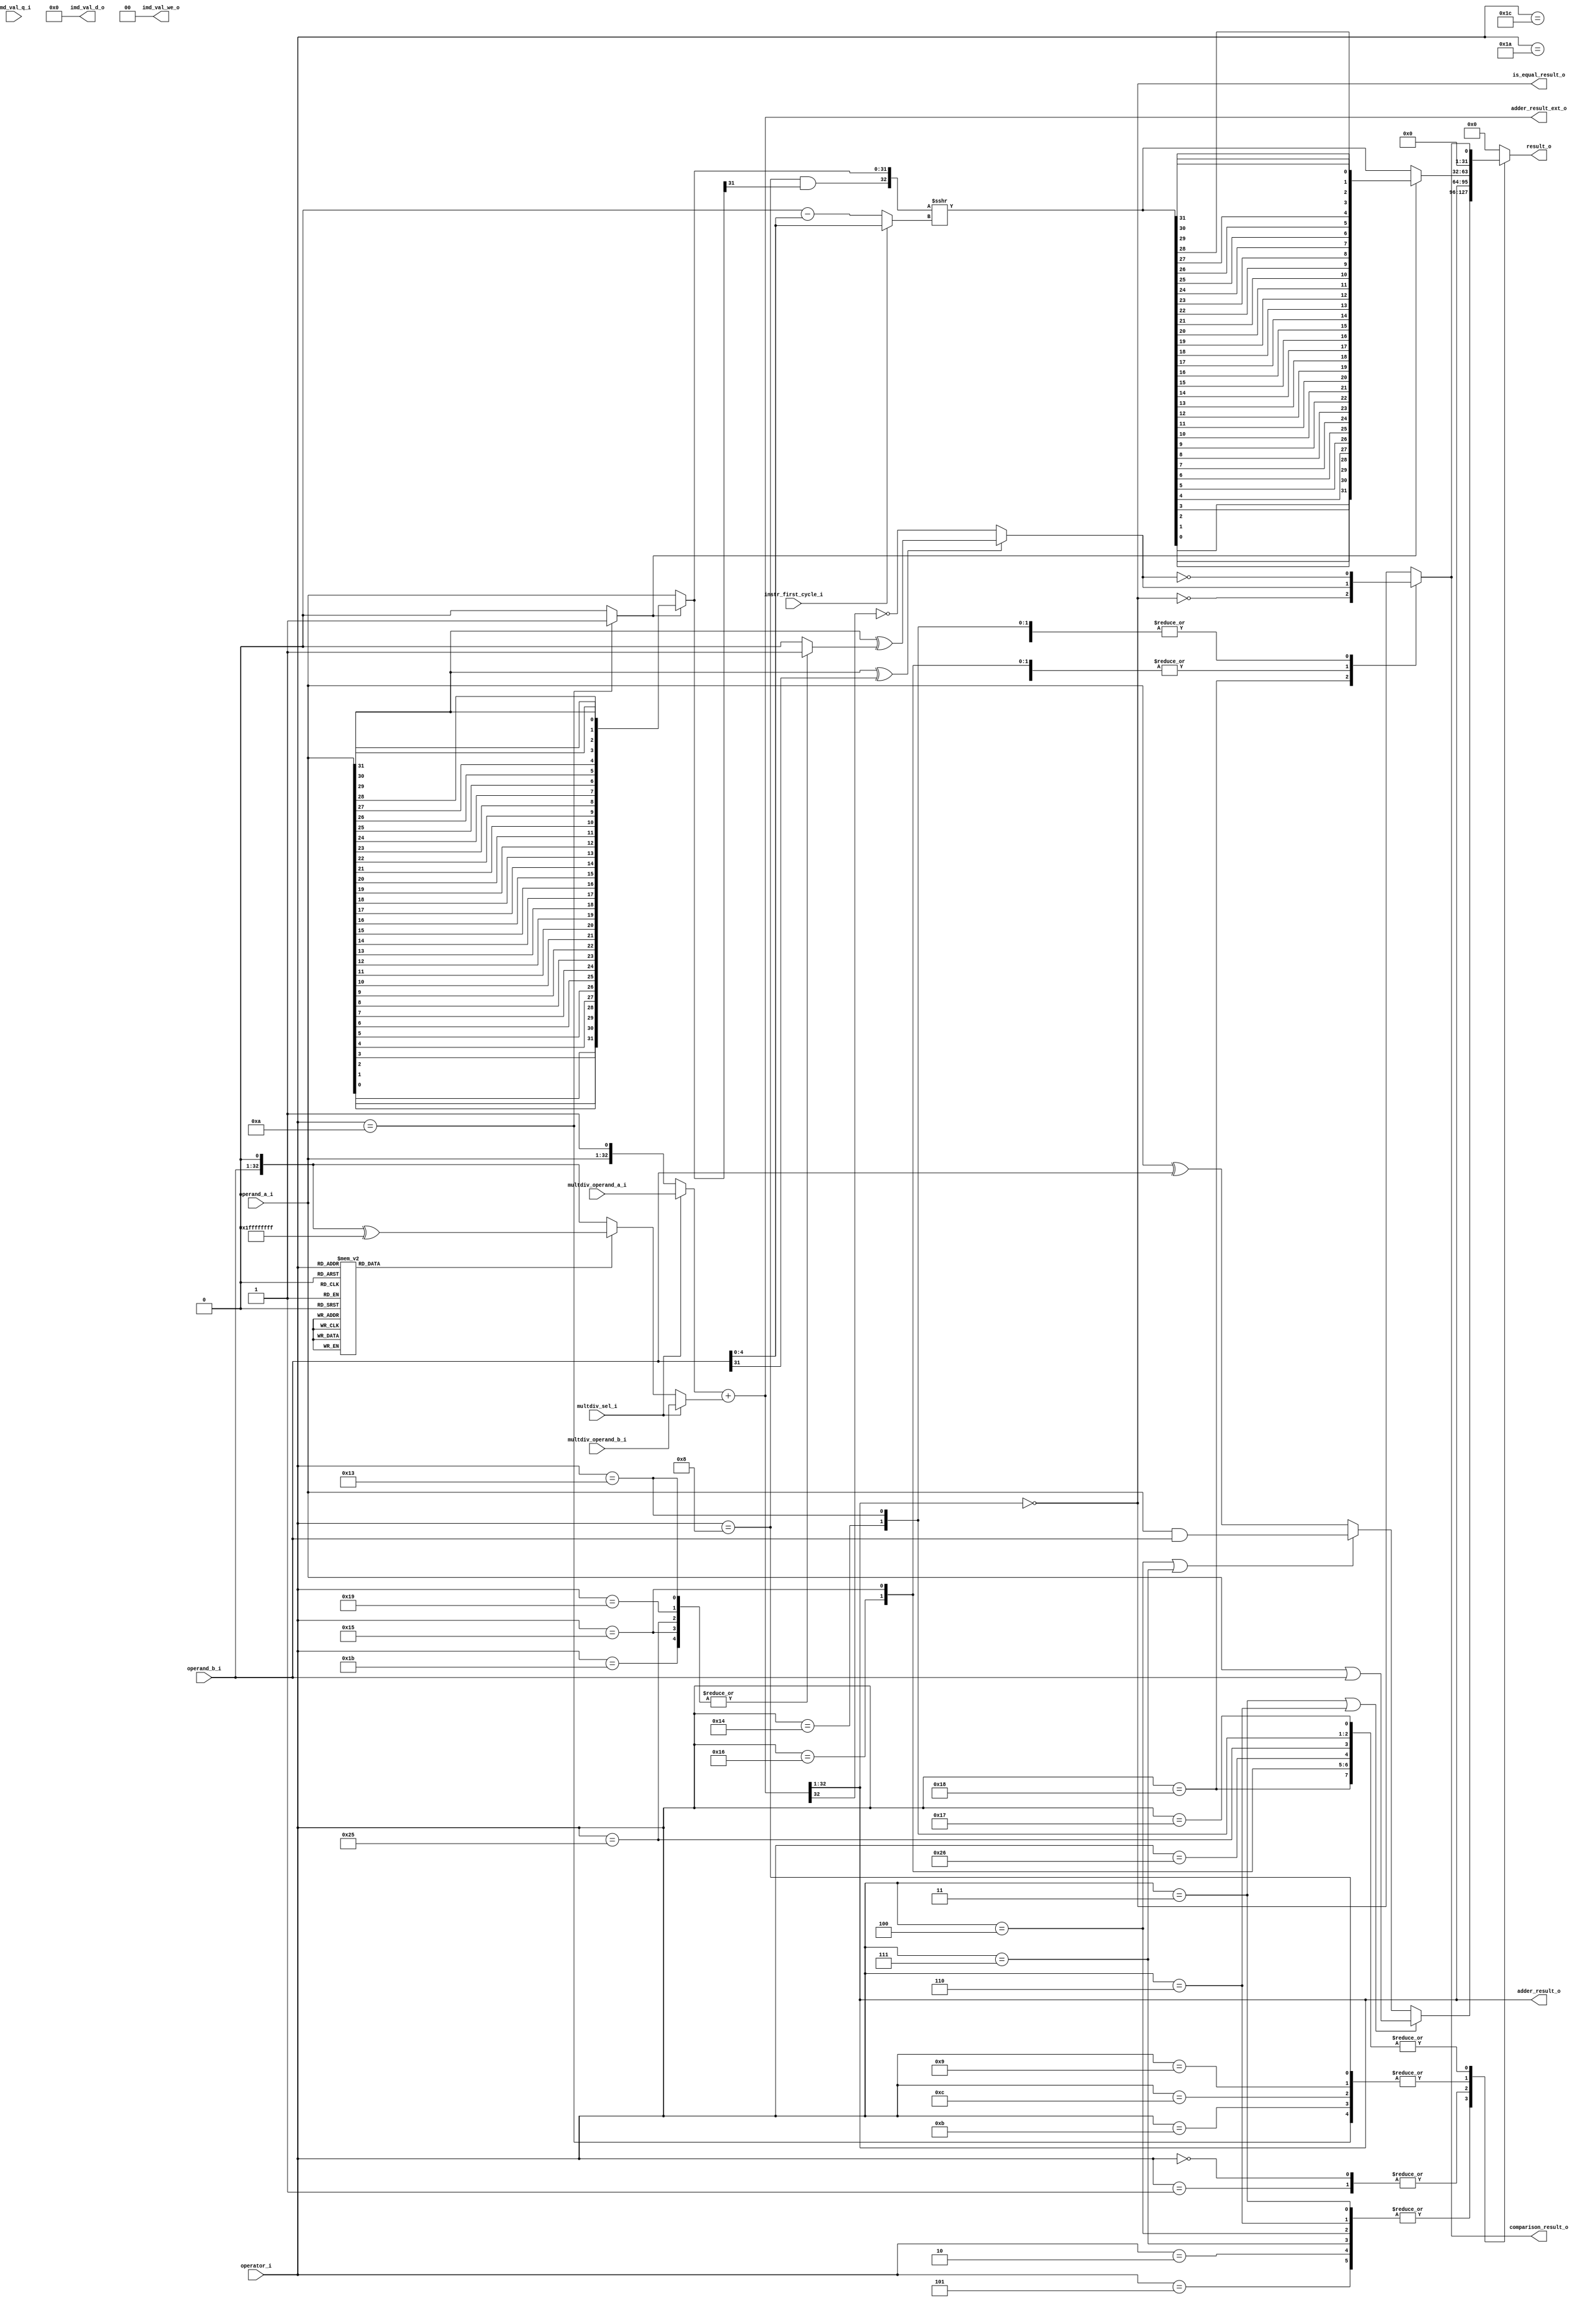
module ibex_alu (
	operator_i,
	operand_a_i,
	operand_b_i,
	instr_first_cycle_i,
	multdiv_operand_a_i,
	multdiv_operand_b_i,
	multdiv_sel_i,
	imd_val_q_i,
	imd_val_d_o,
	imd_val_we_o,
	adder_result_o,
	adder_result_ext_o,
	result_o,
	comparison_result_o,
	is_equal_result_o
);
	localparam integer ibex_pkg_RV32BNone = 0;
	parameter integer RV32B = ibex_pkg_RV32BNone;
	input wire [5:0] operator_i;
	input wire [31:0] operand_a_i;
	input wire [31:0] operand_b_i;
	input wire instr_first_cycle_i;
	input wire [32:0] multdiv_operand_a_i;
	input wire [32:0] multdiv_operand_b_i;
	input wire multdiv_sel_i;
	input wire [63:0] imd_val_q_i;
	output reg [63:0] imd_val_d_o;
	output reg [1:0] imd_val_we_o;
	output wire [31:0] adder_result_o;
	output wire [33:0] adder_result_ext_o;
	output reg [31:0] result_o;
	output wire comparison_result_o;
	output wire is_equal_result_o;
	localparam integer RegFileFF = 0;
	localparam integer RegFileFPGA = 1;
	localparam integer RegFileLatch = 2;
	localparam integer RV32MNone = 0;
	localparam integer RV32MSlow = 1;
	localparam integer RV32MFast = 2;
	localparam integer RV32MSingleCycle = 3;
	localparam integer RV32BNone = 0;
	localparam integer RV32BBalanced = 1;
	localparam integer RV32BFull = 2;
	localparam [6:0] OPCODE_LOAD = 7'h03;
	localparam [6:0] OPCODE_MISC_MEM = 7'h0f;
	localparam [6:0] OPCODE_OP_IMM = 7'h13;
	localparam [6:0] OPCODE_AUIPC = 7'h17;
	localparam [6:0] OPCODE_STORE = 7'h23;
	localparam [6:0] OPCODE_OP = 7'h33;
	localparam [6:0] OPCODE_LUI = 7'h37;
	localparam [6:0] OPCODE_BRANCH = 7'h63;
	localparam [6:0] OPCODE_JALR = 7'h67;
	localparam [6:0] OPCODE_JAL = 7'h6f;
	localparam [6:0] OPCODE_SYSTEM = 7'h73;
	localparam [5:0] ALU_ADD = 0;
	localparam [5:0] ALU_SUB = 1;
	localparam [5:0] ALU_XOR = 2;
	localparam [5:0] ALU_OR = 3;
	localparam [5:0] ALU_AND = 4;
	localparam [5:0] ALU_XNOR = 5;
	localparam [5:0] ALU_ORN = 6;
	localparam [5:0] ALU_ANDN = 7;
	localparam [5:0] ALU_SRA = 8;
	localparam [5:0] ALU_SRL = 9;
	localparam [5:0] ALU_SLL = 10;
	localparam [5:0] ALU_SRO = 11;
	localparam [5:0] ALU_SLO = 12;
	localparam [5:0] ALU_ROR = 13;
	localparam [5:0] ALU_ROL = 14;
	localparam [5:0] ALU_GREV = 15;
	localparam [5:0] ALU_GORC = 16;
	localparam [5:0] ALU_SHFL = 17;
	localparam [5:0] ALU_UNSHFL = 18;
	localparam [5:0] ALU_LT = 19;
	localparam [5:0] ALU_LTU = 20;
	localparam [5:0] ALU_GE = 21;
	localparam [5:0] ALU_GEU = 22;
	localparam [5:0] ALU_EQ = 23;
	localparam [5:0] ALU_NE = 24;
	localparam [5:0] ALU_MIN = 25;
	localparam [5:0] ALU_MINU = 26;
	localparam [5:0] ALU_MAX = 27;
	localparam [5:0] ALU_MAXU = 28;
	localparam [5:0] ALU_PACK = 29;
	localparam [5:0] ALU_PACKU = 30;
	localparam [5:0] ALU_PACKH = 31;
	localparam [5:0] ALU_SEXTB = 32;
	localparam [5:0] ALU_SEXTH = 33;
	localparam [5:0] ALU_CLZ = 34;
	localparam [5:0] ALU_CTZ = 35;
	localparam [5:0] ALU_PCNT = 36;
	localparam [5:0] ALU_SLT = 37;
	localparam [5:0] ALU_SLTU = 38;
	localparam [5:0] ALU_CMOV = 39;
	localparam [5:0] ALU_CMIX = 40;
	localparam [5:0] ALU_FSL = 41;
	localparam [5:0] ALU_FSR = 42;
	localparam [5:0] ALU_SBSET = 43;
	localparam [5:0] ALU_SBCLR = 44;
	localparam [5:0] ALU_SBINV = 45;
	localparam [5:0] ALU_SBEXT = 46;
	localparam [5:0] ALU_BEXT = 47;
	localparam [5:0] ALU_BDEP = 48;
	localparam [5:0] ALU_BFP = 49;
	localparam [5:0] ALU_CLMUL = 50;
	localparam [5:0] ALU_CLMULR = 51;
	localparam [5:0] ALU_CLMULH = 52;
	localparam [5:0] ALU_CRC32_B = 53;
	localparam [5:0] ALU_CRC32C_B = 54;
	localparam [5:0] ALU_CRC32_H = 55;
	localparam [5:0] ALU_CRC32C_H = 56;
	localparam [5:0] ALU_CRC32_W = 57;
	localparam [5:0] ALU_CRC32C_W = 58;
	localparam [1:0] MD_OP_MULL = 0;
	localparam [1:0] MD_OP_MULH = 1;
	localparam [1:0] MD_OP_DIV = 2;
	localparam [1:0] MD_OP_REM = 3;
	localparam [1:0] CSR_OP_READ = 0;
	localparam [1:0] CSR_OP_WRITE = 1;
	localparam [1:0] CSR_OP_SET = 2;
	localparam [1:0] CSR_OP_CLEAR = 3;
	localparam [1:0] PRIV_LVL_M = 2'b11;
	localparam [1:0] PRIV_LVL_H = 2'b10;
	localparam [1:0] PRIV_LVL_S = 2'b01;
	localparam [1:0] PRIV_LVL_U = 2'b00;
	localparam [3:0] XDEBUGVER_NO = 4'd0;
	localparam [3:0] XDEBUGVER_STD = 4'd4;
	localparam [3:0] XDEBUGVER_NONSTD = 4'd15;
	localparam [1:0] WB_INSTR_LOAD = 0;
	localparam [1:0] WB_INSTR_STORE = 1;
	localparam [1:0] WB_INSTR_OTHER = 2;
	localparam [1:0] OP_A_REG_A = 0;
	localparam [1:0] OP_A_FWD = 1;
	localparam [1:0] OP_A_CURRPC = 2;
	localparam [1:0] OP_A_IMM = 3;
	localparam [0:0] IMM_A_Z = 0;
	localparam [0:0] IMM_A_ZERO = 1;
	localparam [0:0] OP_B_REG_B = 0;
	localparam [0:0] OP_B_IMM = 1;
	localparam [2:0] IMM_B_I = 0;
	localparam [2:0] IMM_B_S = 1;
	localparam [2:0] IMM_B_B = 2;
	localparam [2:0] IMM_B_U = 3;
	localparam [2:0] IMM_B_J = 4;
	localparam [2:0] IMM_B_INCR_PC = 5;
	localparam [2:0] IMM_B_INCR_ADDR = 6;
	localparam [0:0] RF_WD_EX = 0;
	localparam [0:0] RF_WD_CSR = 1;
	localparam [2:0] PC_BOOT = 0;
	localparam [2:0] PC_JUMP = 1;
	localparam [2:0] PC_EXC = 2;
	localparam [2:0] PC_ERET = 3;
	localparam [2:0] PC_DRET = 4;
	localparam [2:0] PC_BP = 5;
	localparam [1:0] EXC_PC_EXC = 0;
	localparam [1:0] EXC_PC_IRQ = 1;
	localparam [1:0] EXC_PC_DBD = 2;
	localparam [1:0] EXC_PC_DBG_EXC = 3;
	localparam [5:0] EXC_CAUSE_IRQ_SOFTWARE_M = {1'b1, 5'd3};
	localparam [5:0] EXC_CAUSE_IRQ_TIMER_M = {1'b1, 5'd7};
	localparam [5:0] EXC_CAUSE_IRQ_EXTERNAL_M = {1'b1, 5'd11};
	localparam [5:0] EXC_CAUSE_IRQ_NM = {1'b1, 5'd31};
	localparam [5:0] EXC_CAUSE_INSN_ADDR_MISA = {1'b0, 5'd0};
	localparam [5:0] EXC_CAUSE_INSTR_ACCESS_FAULT = {1'b0, 5'd1};
	localparam [5:0] EXC_CAUSE_ILLEGAL_INSN = {1'b0, 5'd2};
	localparam [5:0] EXC_CAUSE_BREAKPOINT = {1'b0, 5'd3};
	localparam [5:0] EXC_CAUSE_LOAD_ACCESS_FAULT = {1'b0, 5'd5};
	localparam [5:0] EXC_CAUSE_STORE_ACCESS_FAULT = {1'b0, 5'd7};
	localparam [5:0] EXC_CAUSE_ECALL_UMODE = {1'b0, 5'd8};
	localparam [5:0] EXC_CAUSE_ECALL_MMODE = {1'b0, 5'd11};
	localparam [2:0] DBG_CAUSE_NONE = 3'h0;
	localparam [2:0] DBG_CAUSE_EBREAK = 3'h1;
	localparam [2:0] DBG_CAUSE_TRIGGER = 3'h2;
	localparam [2:0] DBG_CAUSE_HALTREQ = 3'h3;
	localparam [2:0] DBG_CAUSE_STEP = 3'h4;
	localparam [31:0] PMP_MAX_REGIONS = 16;
	localparam [31:0] PMP_CFG_W = 8;
	localparam [31:0] PMP_I = 0;
	localparam [31:0] PMP_D = 1;
	localparam [1:0] PMP_ACC_EXEC = 2'b00;
	localparam [1:0] PMP_ACC_WRITE = 2'b01;
	localparam [1:0] PMP_ACC_READ = 2'b10;
	localparam [1:0] PMP_MODE_OFF = 2'b00;
	localparam [1:0] PMP_MODE_TOR = 2'b01;
	localparam [1:0] PMP_MODE_NA4 = 2'b10;
	localparam [1:0] PMP_MODE_NAPOT = 2'b11;
	localparam [11:0] CSR_MHARTID = 12'hf14;
	localparam [11:0] CSR_MSTATUS = 12'h300;
	localparam [11:0] CSR_MISA = 12'h301;
	localparam [11:0] CSR_MIE = 12'h304;
	localparam [11:0] CSR_MTVEC = 12'h305;
	localparam [11:0] CSR_MSCRATCH = 12'h340;
	localparam [11:0] CSR_MEPC = 12'h341;
	localparam [11:0] CSR_MCAUSE = 12'h342;
	localparam [11:0] CSR_MTVAL = 12'h343;
	localparam [11:0] CSR_MIP = 12'h344;
	localparam [11:0] CSR_PMPCFG0 = 12'h3a0;
	localparam [11:0] CSR_PMPCFG1 = 12'h3a1;
	localparam [11:0] CSR_PMPCFG2 = 12'h3a2;
	localparam [11:0] CSR_PMPCFG3 = 12'h3a3;
	localparam [11:0] CSR_PMPADDR0 = 12'h3b0;
	localparam [11:0] CSR_PMPADDR1 = 12'h3b1;
	localparam [11:0] CSR_PMPADDR2 = 12'h3b2;
	localparam [11:0] CSR_PMPADDR3 = 12'h3b3;
	localparam [11:0] CSR_PMPADDR4 = 12'h3b4;
	localparam [11:0] CSR_PMPADDR5 = 12'h3b5;
	localparam [11:0] CSR_PMPADDR6 = 12'h3b6;
	localparam [11:0] CSR_PMPADDR7 = 12'h3b7;
	localparam [11:0] CSR_PMPADDR8 = 12'h3b8;
	localparam [11:0] CSR_PMPADDR9 = 12'h3b9;
	localparam [11:0] CSR_PMPADDR10 = 12'h3ba;
	localparam [11:0] CSR_PMPADDR11 = 12'h3bb;
	localparam [11:0] CSR_PMPADDR12 = 12'h3bc;
	localparam [11:0] CSR_PMPADDR13 = 12'h3bd;
	localparam [11:0] CSR_PMPADDR14 = 12'h3be;
	localparam [11:0] CSR_PMPADDR15 = 12'h3bf;
	localparam [11:0] CSR_TSELECT = 12'h7a0;
	localparam [11:0] CSR_TDATA1 = 12'h7a1;
	localparam [11:0] CSR_TDATA2 = 12'h7a2;
	localparam [11:0] CSR_TDATA3 = 12'h7a3;
	localparam [11:0] CSR_MCONTEXT = 12'h7a8;
	localparam [11:0] CSR_SCONTEXT = 12'h7aa;
	localparam [11:0] CSR_DCSR = 12'h7b0;
	localparam [11:0] CSR_DPC = 12'h7b1;
	localparam [11:0] CSR_DSCRATCH0 = 12'h7b2;
	localparam [11:0] CSR_DSCRATCH1 = 12'h7b3;
	localparam [11:0] CSR_MCOUNTINHIBIT = 12'h320;
	localparam [11:0] CSR_MHPMEVENT3 = 12'h323;
	localparam [11:0] CSR_MHPMEVENT4 = 12'h324;
	localparam [11:0] CSR_MHPMEVENT5 = 12'h325;
	localparam [11:0] CSR_MHPMEVENT6 = 12'h326;
	localparam [11:0] CSR_MHPMEVENT7 = 12'h327;
	localparam [11:0] CSR_MHPMEVENT8 = 12'h328;
	localparam [11:0] CSR_MHPMEVENT9 = 12'h329;
	localparam [11:0] CSR_MHPMEVENT10 = 12'h32a;
	localparam [11:0] CSR_MHPMEVENT11 = 12'h32b;
	localparam [11:0] CSR_MHPMEVENT12 = 12'h32c;
	localparam [11:0] CSR_MHPMEVENT13 = 12'h32d;
	localparam [11:0] CSR_MHPMEVENT14 = 12'h32e;
	localparam [11:0] CSR_MHPMEVENT15 = 12'h32f;
	localparam [11:0] CSR_MHPMEVENT16 = 12'h330;
	localparam [11:0] CSR_MHPMEVENT17 = 12'h331;
	localparam [11:0] CSR_MHPMEVENT18 = 12'h332;
	localparam [11:0] CSR_MHPMEVENT19 = 12'h333;
	localparam [11:0] CSR_MHPMEVENT20 = 12'h334;
	localparam [11:0] CSR_MHPMEVENT21 = 12'h335;
	localparam [11:0] CSR_MHPMEVENT22 = 12'h336;
	localparam [11:0] CSR_MHPMEVENT23 = 12'h337;
	localparam [11:0] CSR_MHPMEVENT24 = 12'h338;
	localparam [11:0] CSR_MHPMEVENT25 = 12'h339;
	localparam [11:0] CSR_MHPMEVENT26 = 12'h33a;
	localparam [11:0] CSR_MHPMEVENT27 = 12'h33b;
	localparam [11:0] CSR_MHPMEVENT28 = 12'h33c;
	localparam [11:0] CSR_MHPMEVENT29 = 12'h33d;
	localparam [11:0] CSR_MHPMEVENT30 = 12'h33e;
	localparam [11:0] CSR_MHPMEVENT31 = 12'h33f;
	localparam [11:0] CSR_MCYCLE = 12'hb00;
	localparam [11:0] CSR_MINSTRET = 12'hb02;
	localparam [11:0] CSR_MHPMCOUNTER3 = 12'hb03;
	localparam [11:0] CSR_MHPMCOUNTER4 = 12'hb04;
	localparam [11:0] CSR_MHPMCOUNTER5 = 12'hb05;
	localparam [11:0] CSR_MHPMCOUNTER6 = 12'hb06;
	localparam [11:0] CSR_MHPMCOUNTER7 = 12'hb07;
	localparam [11:0] CSR_MHPMCOUNTER8 = 12'hb08;
	localparam [11:0] CSR_MHPMCOUNTER9 = 12'hb09;
	localparam [11:0] CSR_MHPMCOUNTER10 = 12'hb0a;
	localparam [11:0] CSR_MHPMCOUNTER11 = 12'hb0b;
	localparam [11:0] CSR_MHPMCOUNTER12 = 12'hb0c;
	localparam [11:0] CSR_MHPMCOUNTER13 = 12'hb0d;
	localparam [11:0] CSR_MHPMCOUNTER14 = 12'hb0e;
	localparam [11:0] CSR_MHPMCOUNTER15 = 12'hb0f;
	localparam [11:0] CSR_MHPMCOUNTER16 = 12'hb10;
	localparam [11:0] CSR_MHPMCOUNTER17 = 12'hb11;
	localparam [11:0] CSR_MHPMCOUNTER18 = 12'hb12;
	localparam [11:0] CSR_MHPMCOUNTER19 = 12'hb13;
	localparam [11:0] CSR_MHPMCOUNTER20 = 12'hb14;
	localparam [11:0] CSR_MHPMCOUNTER21 = 12'hb15;
	localparam [11:0] CSR_MHPMCOUNTER22 = 12'hb16;
	localparam [11:0] CSR_MHPMCOUNTER23 = 12'hb17;
	localparam [11:0] CSR_MHPMCOUNTER24 = 12'hb18;
	localparam [11:0] CSR_MHPMCOUNTER25 = 12'hb19;
	localparam [11:0] CSR_MHPMCOUNTER26 = 12'hb1a;
	localparam [11:0] CSR_MHPMCOUNTER27 = 12'hb1b;
	localparam [11:0] CSR_MHPMCOUNTER28 = 12'hb1c;
	localparam [11:0] CSR_MHPMCOUNTER29 = 12'hb1d;
	localparam [11:0] CSR_MHPMCOUNTER30 = 12'hb1e;
	localparam [11:0] CSR_MHPMCOUNTER31 = 12'hb1f;
	localparam [11:0] CSR_MCYCLEH = 12'hb80;
	localparam [11:0] CSR_MINSTRETH = 12'hb82;
	localparam [11:0] CSR_MHPMCOUNTER3H = 12'hb83;
	localparam [11:0] CSR_MHPMCOUNTER4H = 12'hb84;
	localparam [11:0] CSR_MHPMCOUNTER5H = 12'hb85;
	localparam [11:0] CSR_MHPMCOUNTER6H = 12'hb86;
	localparam [11:0] CSR_MHPMCOUNTER7H = 12'hb87;
	localparam [11:0] CSR_MHPMCOUNTER8H = 12'hb88;
	localparam [11:0] CSR_MHPMCOUNTER9H = 12'hb89;
	localparam [11:0] CSR_MHPMCOUNTER10H = 12'hb8a;
	localparam [11:0] CSR_MHPMCOUNTER11H = 12'hb8b;
	localparam [11:0] CSR_MHPMCOUNTER12H = 12'hb8c;
	localparam [11:0] CSR_MHPMCOUNTER13H = 12'hb8d;
	localparam [11:0] CSR_MHPMCOUNTER14H = 12'hb8e;
	localparam [11:0] CSR_MHPMCOUNTER15H = 12'hb8f;
	localparam [11:0] CSR_MHPMCOUNTER16H = 12'hb90;
	localparam [11:0] CSR_MHPMCOUNTER17H = 12'hb91;
	localparam [11:0] CSR_MHPMCOUNTER18H = 12'hb92;
	localparam [11:0] CSR_MHPMCOUNTER19H = 12'hb93;
	localparam [11:0] CSR_MHPMCOUNTER20H = 12'hb94;
	localparam [11:0] CSR_MHPMCOUNTER21H = 12'hb95;
	localparam [11:0] CSR_MHPMCOUNTER22H = 12'hb96;
	localparam [11:0] CSR_MHPMCOUNTER23H = 12'hb97;
	localparam [11:0] CSR_MHPMCOUNTER24H = 12'hb98;
	localparam [11:0] CSR_MHPMCOUNTER25H = 12'hb99;
	localparam [11:0] CSR_MHPMCOUNTER26H = 12'hb9a;
	localparam [11:0] CSR_MHPMCOUNTER27H = 12'hb9b;
	localparam [11:0] CSR_MHPMCOUNTER28H = 12'hb9c;
	localparam [11:0] CSR_MHPMCOUNTER29H = 12'hb9d;
	localparam [11:0] CSR_MHPMCOUNTER30H = 12'hb9e;
	localparam [11:0] CSR_MHPMCOUNTER31H = 12'hb9f;
	localparam [11:0] CSR_CPUCTRL = 12'h7c0;
	localparam [11:0] CSR_SECURESEED = 12'h7c1;
	localparam [11:0] CSR_OFF_PMP_CFG = 12'h3a0;
	localparam [11:0] CSR_OFF_PMP_ADDR = 12'h3b0;
	localparam [31:0] CSR_MSTATUS_MIE_BIT = 3;
	localparam [31:0] CSR_MSTATUS_MPIE_BIT = 7;
	localparam [31:0] CSR_MSTATUS_MPP_BIT_LOW = 11;
	localparam [31:0] CSR_MSTATUS_MPP_BIT_HIGH = 12;
	localparam [31:0] CSR_MSTATUS_MPRV_BIT = 17;
	localparam [31:0] CSR_MSTATUS_TW_BIT = 21;
	localparam [1:0] CSR_MISA_MXL = 2'd1;
	localparam [31:0] CSR_MSIX_BIT = 3;
	localparam [31:0] CSR_MTIX_BIT = 7;
	localparam [31:0] CSR_MEIX_BIT = 11;
	localparam [31:0] CSR_MFIX_BIT_LOW = 16;
	localparam [31:0] CSR_MFIX_BIT_HIGH = 30;
	wire [31:0] operand_a_rev;
	wire [32:0] operand_b_neg;
	generate
		genvar k;
		for (k = 0; k < 32; k = k + 1) begin : gen_rev_operand_a
			assign operand_a_rev[k] = operand_a_i[31 - k];
		end
	endgenerate
	reg adder_op_b_negate;
	wire [32:0] adder_in_a;
	reg [32:0] adder_in_b;
	wire [31:0] adder_result;
	always @(*) begin
		adder_op_b_negate = 1'b0;
		case (operator_i)
			ALU_SUB, ALU_EQ, ALU_NE, ALU_GE, ALU_GEU, ALU_LT, ALU_LTU, ALU_SLT, ALU_SLTU, ALU_MIN, ALU_MINU, ALU_MAX, ALU_MAXU: adder_op_b_negate = 1'b1;
			default:
				;
		endcase
	end
	assign adder_in_a = (multdiv_sel_i ? multdiv_operand_a_i : {operand_a_i, 1'b1});
	assign operand_b_neg = {operand_b_i, 1'b0} ^ {33 {1'b1}};
	always @(*)
		case (1'b1)
			multdiv_sel_i: adder_in_b = multdiv_operand_b_i;
			adder_op_b_negate: adder_in_b = operand_b_neg;
			default: adder_in_b = {operand_b_i, 1'b0};
		endcase
	assign adder_result_ext_o = $unsigned(adder_in_a) + $unsigned(adder_in_b);
	assign adder_result = adder_result_ext_o[32:1];
	assign adder_result_o = adder_result;
	wire is_equal;
	reg is_greater_equal;
	reg cmp_signed;
	always @(*)
		case (operator_i)
			ALU_GE, ALU_LT, ALU_SLT, ALU_MIN, ALU_MAX: cmp_signed = 1'b1;
			default: cmp_signed = 1'b0;
		endcase
	assign is_equal = adder_result == 32'b00000000000000000000000000000000;
	assign is_equal_result_o = is_equal;
	always @(*)
		if ((operand_a_i[31] ^ operand_b_i[31]) == 1'b0)
			is_greater_equal = adder_result[31] == 1'b0;
		else
			is_greater_equal = operand_a_i[31] ^ cmp_signed;
	reg cmp_result;
	always @(*)
		case (operator_i)
			ALU_EQ: cmp_result = is_equal;
			ALU_NE: cmp_result = ~is_equal;
			ALU_GE, ALU_GEU, ALU_MAX, ALU_MAXU: cmp_result = is_greater_equal;
			ALU_LT, ALU_LTU, ALU_MIN, ALU_MINU, ALU_SLT, ALU_SLTU: cmp_result = ~is_greater_equal;
			default: cmp_result = is_equal;
		endcase
	assign comparison_result_o = cmp_result;
	reg shift_left;
	wire shift_ones;
	wire shift_arith;
	wire shift_funnel;
	wire shift_sbmode;
	reg [5:0] shift_amt;
	wire [5:0] shift_amt_compl;
	reg [31:0] shift_operand;
	reg [32:0] shift_result_ext;
	reg unused_shift_result_ext;
	reg [31:0] shift_result;
	reg [31:0] shift_result_rev;
	wire bfp_op;
	wire [4:0] bfp_len;
	wire [4:0] bfp_off;
	wire [31:0] bfp_mask;
	wire [31:0] bfp_mask_rev;
	wire [31:0] bfp_result;
	assign bfp_op = (RV32B != RV32BNone ? operator_i == ALU_BFP : 1'b0);
	assign bfp_len = {~(|operand_b_i[27:24]), operand_b_i[27:24]};
	assign bfp_off = operand_b_i[20:16];
	assign bfp_mask = (RV32B != RV32BNone ? ~(32'hffffffff << bfp_len) : {32 {1'sb0}});
	generate
		genvar i;
		for (i = 0; i < 32; i = i + 1) begin : gen_rev_bfp_mask
			assign bfp_mask_rev[i] = bfp_mask[31 - i];
		end
	endgenerate
	assign bfp_result = (RV32B != RV32BNone ? (~shift_result & operand_a_i) | ((operand_b_i & bfp_mask) << bfp_off) : {32 {1'sb0}});
	always @(*) shift_amt[5] = operand_b_i[5] & shift_funnel;
	assign shift_amt_compl = 32 - operand_b_i[4:0];
	always @(*)
		if (bfp_op)
			shift_amt[4:0] = bfp_off;
		else
			shift_amt[4:0] = (instr_first_cycle_i ? (operand_b_i[5] && shift_funnel ? shift_amt_compl[4:0] : operand_b_i[4:0]) : (operand_b_i[5] && shift_funnel ? operand_b_i[4:0] : shift_amt_compl[4:0]));
	assign shift_sbmode = (RV32B != RV32BNone ? ((operator_i == ALU_SBSET) | (operator_i == ALU_SBCLR)) | (operator_i == ALU_SBINV) : 1'b0);
	always @(*) begin
		case (operator_i)
			ALU_SLL: shift_left = 1'b1;
			ALU_SLO, ALU_BFP: shift_left = (RV32B != RV32BNone ? 1'b1 : 1'b0);
			ALU_ROL: shift_left = (RV32B != RV32BNone ? instr_first_cycle_i : 0);
			ALU_ROR: shift_left = (RV32B != RV32BNone ? ~instr_first_cycle_i : 0);
			ALU_FSL: shift_left = (RV32B != RV32BNone ? (shift_amt[5] ? ~instr_first_cycle_i : instr_first_cycle_i) : 1'b0);
			ALU_FSR: shift_left = (RV32B != RV32BNone ? (shift_amt[5] ? instr_first_cycle_i : ~instr_first_cycle_i) : 1'b0);
			default: shift_left = 1'b0;
		endcase
		if (shift_sbmode)
			shift_left = 1'b1;
	end
	assign shift_arith = operator_i == ALU_SRA;
	assign shift_ones = (RV32B != RV32BNone ? (operator_i == ALU_SLO) | (operator_i == ALU_SRO) : 1'b0);
	assign shift_funnel = (RV32B != RV32BNone ? (operator_i == ALU_FSL) | (operator_i == ALU_FSR) : 1'b0);
	always @(*) begin
		if (RV32B == RV32BNone)
			shift_operand = (shift_left ? operand_a_rev : operand_a_i);
		else
			case (1'b1)
				bfp_op: shift_operand = bfp_mask_rev;
				shift_sbmode: shift_operand = 32'h80000000;
				default: shift_operand = (shift_left ? operand_a_rev : operand_a_i);
			endcase
		shift_result_ext = $unsigned($signed({shift_ones | (shift_arith & shift_operand[31]), shift_operand}) >>> shift_amt[4:0]);
		shift_result = shift_result_ext[31:0];
		unused_shift_result_ext = shift_result_ext[32];
		begin : sv2v_autoblock_6
			reg [31:0] i;
			for (i = 0; i < 32; i = i + 1)
				shift_result_rev[i] = shift_result[31 - i];
		end
		shift_result = (shift_left ? shift_result_rev : shift_result);
	end
	wire bwlogic_or;
	wire bwlogic_and;
	wire [31:0] bwlogic_operand_b;
	wire [31:0] bwlogic_or_result;
	wire [31:0] bwlogic_and_result;
	wire [31:0] bwlogic_xor_result;
	reg [31:0] bwlogic_result;
	reg bwlogic_op_b_negate;
	always @(*)
		case (operator_i)
			ALU_XNOR, ALU_ORN, ALU_ANDN: bwlogic_op_b_negate = (RV32B != RV32BNone ? 1'b1 : 1'b0);
			ALU_CMIX: bwlogic_op_b_negate = (RV32B != RV32BNone ? ~instr_first_cycle_i : 1'b0);
			default: bwlogic_op_b_negate = 1'b0;
		endcase
	assign bwlogic_operand_b = (bwlogic_op_b_negate ? operand_b_neg[32:1] : operand_b_i);
	assign bwlogic_or_result = operand_a_i | bwlogic_operand_b;
	assign bwlogic_and_result = operand_a_i & bwlogic_operand_b;
	assign bwlogic_xor_result = operand_a_i ^ bwlogic_operand_b;
	assign bwlogic_or = (operator_i == ALU_OR) | (operator_i == ALU_ORN);
	assign bwlogic_and = (operator_i == ALU_AND) | (operator_i == ALU_ANDN);
	always @(*)
		case (1'b1)
			bwlogic_or: bwlogic_result = bwlogic_or_result;
			bwlogic_and: bwlogic_result = bwlogic_and_result;
			default: bwlogic_result = bwlogic_xor_result;
		endcase
	wire [5:0] bitcnt_result;
	wire [31:0] minmax_result;
	reg [31:0] pack_result;
	wire [31:0] sext_result;
	reg [31:0] singlebit_result;
	reg [31:0] rev_result;
	reg [31:0] shuffle_result;
	reg [31:0] butterfly_result;
	reg [31:0] invbutterfly_result;
	reg [31:0] clmul_result;
	reg [31:0] multicycle_result;
	generate
		if (RV32B != RV32BNone) begin : g_alu_rvb
			wire zbe_op;
			wire bitcnt_ctz;
			wire bitcnt_clz;
			wire bitcnt_cz;
			reg [31:0] bitcnt_bits;
			wire [31:0] bitcnt_mask_op;
			reg [31:0] bitcnt_bit_mask;
			reg [191:0] bitcnt_partial;
			wire [31:0] bitcnt_partial_lsb_d;
			wire [31:0] bitcnt_partial_msb_d;
			assign bitcnt_ctz = operator_i == ALU_CTZ;
			assign bitcnt_clz = operator_i == ALU_CLZ;
			assign bitcnt_cz = bitcnt_ctz | bitcnt_clz;
			assign bitcnt_result = bitcnt_partial[0+:6];
			assign bitcnt_mask_op = (bitcnt_clz ? operand_a_rev : operand_a_i);
			always @(*) begin
				bitcnt_bit_mask = bitcnt_mask_op;
				bitcnt_bit_mask = bitcnt_bit_mask | (bitcnt_bit_mask << 1);
				bitcnt_bit_mask = bitcnt_bit_mask | (bitcnt_bit_mask << 2);
				bitcnt_bit_mask = bitcnt_bit_mask | (bitcnt_bit_mask << 4);
				bitcnt_bit_mask = bitcnt_bit_mask | (bitcnt_bit_mask << 8);
				bitcnt_bit_mask = bitcnt_bit_mask | (bitcnt_bit_mask << 16);
				bitcnt_bit_mask = ~bitcnt_bit_mask;
			end
			assign zbe_op = (operator_i == ALU_BEXT) | (operator_i == ALU_BDEP);
			always @(*)
				case (1'b1)
					zbe_op: bitcnt_bits = operand_b_i;
					bitcnt_cz: bitcnt_bits = bitcnt_bit_mask & ~bitcnt_mask_op;
					default: bitcnt_bits = operand_a_i;
				endcase
			always @(*) begin
				bitcnt_partial = {32 {6'b000000}};
				begin : sv2v_autoblock_7
					reg [31:0] i;
					for (i = 1; i < 32; i = i + 2)
						bitcnt_partial[(31 - i) * 6+:6] = {5'h00, bitcnt_bits[i]} + {5'h00, bitcnt_bits[i - 1]};
				end
				begin : sv2v_autoblock_8
					reg [31:0] i;
					for (i = 3; i < 32; i = i + 4)
						bitcnt_partial[(31 - i) * 6+:6] = bitcnt_partial[(33 - i) * 6+:6] + bitcnt_partial[(31 - i) * 6+:6];
				end
				begin : sv2v_autoblock_9
					reg [31:0] i;
					for (i = 7; i < 32; i = i + 8)
						bitcnt_partial[(31 - i) * 6+:6] = bitcnt_partial[(35 - i) * 6+:6] + bitcnt_partial[(31 - i) * 6+:6];
				end
				begin : sv2v_autoblock_10
					reg [31:0] i;
					for (i = 15; i < 32; i = i + 16)
						bitcnt_partial[(31 - i) * 6+:6] = bitcnt_partial[(39 - i) * 6+:6] + bitcnt_partial[(31 - i) * 6+:6];
				end
				bitcnt_partial[0+:6] = bitcnt_partial[96+:6] + bitcnt_partial[0+:6];
				bitcnt_partial[48+:6] = bitcnt_partial[96+:6] + bitcnt_partial[48+:6];
				begin : sv2v_autoblock_11
					reg [31:0] i;
					for (i = 11; i < 32; i = i + 8)
						bitcnt_partial[(31 - i) * 6+:6] = bitcnt_partial[(35 - i) * 6+:6] + bitcnt_partial[(31 - i) * 6+:6];
				end
				begin : sv2v_autoblock_12
					reg [31:0] i;
					for (i = 5; i < 32; i = i + 4)
						bitcnt_partial[(31 - i) * 6+:6] = bitcnt_partial[(33 - i) * 6+:6] + bitcnt_partial[(31 - i) * 6+:6];
				end
				bitcnt_partial[186+:6] = {5'h00, bitcnt_bits[0]};
				begin : sv2v_autoblock_13
					reg [31:0] i;
					for (i = 2; i < 32; i = i + 2)
						bitcnt_partial[(31 - i) * 6+:6] = bitcnt_partial[(32 - i) * 6+:6] + {5'h00, bitcnt_bits[i]};
				end
			end
			assign minmax_result = (cmp_result ? operand_a_i : operand_b_i);
			wire packu;
			wire packh;
			assign packu = operator_i == ALU_PACKU;
			assign packh = operator_i == ALU_PACKH;
			always @(*)
				case (1'b1)
					packu: pack_result = {operand_b_i[31:16], operand_a_i[31:16]};
					packh: pack_result = {16'h0000, operand_b_i[7:0], operand_a_i[7:0]};
					default: pack_result = {operand_b_i[15:0], operand_a_i[15:0]};
				endcase
			assign sext_result = (operator_i == ALU_SEXTB ? {{24 {operand_a_i[7]}}, operand_a_i[7:0]} : {{16 {operand_a_i[15]}}, operand_a_i[15:0]});
			always @(*)
				case (operator_i)
					ALU_SBSET: singlebit_result = operand_a_i | shift_result;
					ALU_SBCLR: singlebit_result = operand_a_i & ~shift_result;
					ALU_SBINV: singlebit_result = operand_a_i ^ shift_result;
					default: singlebit_result = {31'h00000000, shift_result[0]};
				endcase
			wire [4:0] zbp_shift_amt;
			wire gorc_op;
			assign gorc_op = operator_i == ALU_GORC;
			assign zbp_shift_amt[2:0] = (RV32B == RV32BFull ? shift_amt[2:0] : {3 {&shift_amt[2:0]}});
			assign zbp_shift_amt[4:3] = (RV32B == RV32BFull ? shift_amt[4:3] : {2 {&shift_amt[4:3]}});
			always @(*) begin
				rev_result = operand_a_i;
				if (zbp_shift_amt[0])
					rev_result = ((gorc_op ? rev_result : 32'h00000000) | ((rev_result & 32'h55555555) << 1)) | ((rev_result & 32'haaaaaaaa) >> 1);
				if (zbp_shift_amt[1])
					rev_result = ((gorc_op ? rev_result : 32'h00000000) | ((rev_result & 32'h33333333) << 2)) | ((rev_result & 32'hcccccccc) >> 2);
				if (zbp_shift_amt[2])
					rev_result = ((gorc_op ? rev_result : 32'h00000000) | ((rev_result & 32'h0f0f0f0f) << 4)) | ((rev_result & 32'hf0f0f0f0) >> 4);
				if (zbp_shift_amt[3])
					rev_result = ((gorc_op & (RV32B == RV32BFull) ? rev_result : 32'h00000000) | ((rev_result & 32'h00ff00ff) << 8)) | ((rev_result & 32'hff00ff00) >> 8);
				if (zbp_shift_amt[4])
					rev_result = ((gorc_op & (RV32B == RV32BFull) ? rev_result : 32'h00000000) | ((rev_result & 32'h0000ffff) << 16)) | ((rev_result & 32'hffff0000) >> 16);
			end
			wire crc_hmode;
			wire crc_bmode;
			wire [31:0] clmul_result_rev;
			if (RV32B == RV32BFull) begin : gen_alu_rvb_full
				localparam [127:0] SHUFFLE_MASK_L = {32'h00ff0000, 32'h0f000f00, 32'h30303030, 32'h44444444};
				localparam [127:0] SHUFFLE_MASK_R = {32'h0000ff00, 32'h00f000f0, 32'h0c0c0c0c, 32'h22222222};
				localparam [127:0] FLIP_MASK_L = {32'h22001100, 32'h00440000, 32'h44110000, 32'h11000000};
				localparam [127:0] FLIP_MASK_R = {32'h00880044, 32'h00002200, 32'h00008822, 32'h00000088};
				wire [31:0] SHUFFLE_MASK_NOT [0:3];
				for (i = 0; i < 4; i = i + 1) begin : gen_shuffle_mask_not
					assign SHUFFLE_MASK_NOT[i] = ~(SHUFFLE_MASK_L[(3 - i) * 32+:32] | SHUFFLE_MASK_R[(3 - i) * 32+:32]);
				end
				wire shuffle_flip;
				assign shuffle_flip = operator_i == ALU_UNSHFL;
				reg [3:0] shuffle_mode;
				always @(*) begin
					shuffle_result = operand_a_i;
					if (shuffle_flip) begin
						shuffle_mode[3] = shift_amt[0];
						shuffle_mode[2] = shift_amt[1];
						shuffle_mode[1] = shift_amt[2];
						shuffle_mode[0] = shift_amt[3];
					end
					else
						shuffle_mode = shift_amt[3:0];
					if (shuffle_flip)
						shuffle_result = ((((((((shuffle_result & 32'h88224411) | ((shuffle_result << 6) & FLIP_MASK_L[96+:32])) | 
						((shuffle_result >> 6) & FLIP_MASK_R[96+:32])) | ((shuffle_result << 9) & FLIP_MASK_L[64+:32])) | ((shuffle_result >> 9) 
						& FLIP_MASK_R[64+:32])) | ((shuffle_result << 15) & FLIP_MASK_L[32+:32])) | ((shuffle_result >> 15) & FLIP_MASK_R[32+:32])) |
						 ((shuffle_result << 21) & FLIP_MASK_L[0+:32])) | ((shuffle_result >> 21) & FLIP_MASK_R[0+:32]);
					if (shuffle_mode[3])
						shuffle_result = (shuffle_result & SHUFFLE_MASK_NOT[0]) | (((shuffle_result << 8) & SHUFFLE_MASK_L[96+:32]) | ((shuffle_result >> 8) & SHUFFLE_MASK_R[96+:32]));
					if (shuffle_mode[2])
						shuffle_result = (shuffle_result & SHUFFLE_MASK_NOT[1]) | (((shuffle_result << 4) & SHUFFLE_MASK_L[64+:32]) | ((shuffle_result >> 4) & SHUFFLE_MASK_R[64+:32]));
					if (shuffle_mode[1])
						shuffle_result = (shuffle_result & SHUFFLE_MASK_NOT[2]) | (((shuffle_result << 2) & SHUFFLE_MASK_L[32+:32]) | ((shuffle_result >> 2) & SHUFFLE_MASK_R[32+:32]));
					if (shuffle_mode[0])
						shuffle_result = (shuffle_result & SHUFFLE_MASK_NOT[3]) | (((shuffle_result << 1) & SHUFFLE_MASK_L[0+:32]) | ((shuffle_result >> 1) & SHUFFLE_MASK_R[0+:32]));
					if (shuffle_flip)
						shuffle_result = ((((((((shuffle_result & 32'h88224411) | ((shuffle_result << 6) & FLIP_MASK_L[96+:32])) |
						((shuffle_result >> 6) & FLIP_MASK_R[96+:32])) | ((shuffle_result << 9) & FLIP_MASK_L[64+:32])) | ((shuffle_result >> 9)
						& FLIP_MASK_R[64+:32])) | ((shuffle_result << 15) & FLIP_MASK_L[32+:32])) | ((shuffle_result >> 15) & FLIP_MASK_R[32+:32])) |
						((shuffle_result << 21) & FLIP_MASK_L[0+:32])) | ((shuffle_result >> 21) & FLIP_MASK_R[0+:32]);
				end
				reg [191:0] bitcnt_partial_q;
				for (i = 0; i < 32; i = i + 1) begin : gen_bitcnt_reg_in_lsb
					assign bitcnt_partial_lsb_d[i] = bitcnt_partial[(31 - i) * 6];
				end
				for (i = 0; i < 16; i = i + 1) begin : gen_bitcnt_reg_in_b1
					assign bitcnt_partial_msb_d[i] = bitcnt_partial[((31 - ((2 * i) + 1)) * 6) + 1];
				end
				for (i = 0; i < 8; i = i + 1) begin : gen_bitcnt_reg_in_b2
					assign bitcnt_partial_msb_d[16 + i] = bitcnt_partial[((31 - ((4 * i) + 3)) * 6) + 2];
				end
				for (i = 0; i < 4; i = i + 1) begin : gen_bitcnt_reg_in_b3
					assign bitcnt_partial_msb_d[24 + i] = bitcnt_partial[((31 - ((8 * i) + 7)) * 6) + 3];
				end
				for (i = 0; i < 2; i = i + 1) begin : gen_bitcnt_reg_in_b4
					assign bitcnt_partial_msb_d[28 + i] = bitcnt_partial[((31 - ((16 * i) + 15)) * 6) + 4];
				end
				assign bitcnt_partial_msb_d[30] = bitcnt_partial[5];
				assign bitcnt_partial_msb_d[31] = 1'b0;
				always @(*) begin
					bitcnt_partial_q = {32 {6'b000000}};
					begin : sv2v_autoblock_14
						reg [31:0] i;
						for (i = 0; i < 32; i = i + 1)
							begin : gen_bitcnt_reg_out_lsb
								bitcnt_partial_q[(31 - i) * 6] = imd_val_q_i[32 + i];
							end
					end
					begin : sv2v_autoblock_15
						reg [31:0] i;
						for (i = 0; i < 16; i = i + 1)
							begin : gen_bitcnt_reg_out_b1
								bitcnt_partial_q[((31 - ((2 * i) + 1)) * 6) + 1] = imd_val_q_i[i];
							end
					end
					begin : sv2v_autoblock_16
						reg [31:0] i;
						for (i = 0; i < 8; i = i + 1)
							begin : gen_bitcnt_reg_out_b2
								bitcnt_partial_q[((31 - ((4 * i) + 3)) * 6) + 2] = imd_val_q_i[16 + i];
							end
					end
					begin : sv2v_autoblock_17
						reg [31:0] i;
						for (i = 0; i < 4; i = i + 1)
							begin : gen_bitcnt_reg_out_b3
								bitcnt_partial_q[((31 - ((8 * i) + 7)) * 6) + 3] = imd_val_q_i[24 + i];
							end
					end
					begin : sv2v_autoblock_18
						reg [31:0] i;
						for (i = 0; i < 2; i = i + 1)
							begin : gen_bitcnt_reg_out_b4
								bitcnt_partial_q[((31 - ((16 * i) + 15)) * 6) + 4] = imd_val_q_i[28 + i];
							end
					end
					bitcnt_partial_q[5] = imd_val_q_i[30];
				end
				wire [31:0] butterfly_mask_l [0:4];
				wire [31:0] butterfly_mask_r [0:4];
				wire [31:0] butterfly_mask_not [0:4];
				wire [31:0] lrotc_stage [0:4];
				genvar stg;
				for (stg = 0; stg < 5; stg = stg + 1) begin : gen_butterfly_ctrl_stage
					genvar seg;
					for (seg = 0; seg < (2 ** stg); seg = seg + 1) begin : gen_butterfly_ctrl
						assign lrotc_stage[stg][((2 * (16 >> stg)) * (seg + 1)) - 1:(2 * (16 >> stg)) * seg] = {{16 >> stg {1'b0}}, {16 >> stg {1'b1}}} 
						<< bitcnt_partial_q[((32 - ((16 >> stg) * ((2 * seg) + 1))) * 6) + ($clog2(16 >> stg) >= 0 ? $clog2(16 >> stg) : ($clog2(16 >> stg) + ($clog2(16 >> stg) >= 0 
						? $clog2(16 >> stg) + 1 : 1 - $clog2(16 >> stg))) - 1)-:($clog2(16 >> stg) >= 0 ? $clog2(16 >> stg) + 1 : 1 - $clog2(16 >> stg))];
						assign butterfly_mask_l[stg][((16 >> stg) * ((2 * seg) + 2)) - 1:(16 >> stg) * ((2 * seg) + 1)] = ~lrotc_stage[stg][((16 >> stg) * ((2 * seg) + 2))
						 - 1:(16 >> stg) * ((2 * seg) + 1)];
						assign butterfly_mask_r[stg][((16 >> stg) * ((2 * seg) + 1)) - 1:(16 >> stg) * (2 * seg)] = ~lrotc_stage[stg][((16 >> stg) * ((2 * seg) + 2))
						 - 1:(16 >> stg) * ((2 * seg) + 1)];
						assign butterfly_mask_l[stg][((16 >> stg) * ((2 * seg) + 1)) - 1:(16 >> stg) * (2 * seg)] = {((((16 >> stg) * ((2 * seg) + 1)) - 1)
						 >= ((16 >> stg) * (2 * seg)) ? ((((16 >> stg) * ((2 * seg) + 1)) - 1) - ((16 >> stg) * (2 * seg))) + 1 : (((16 >> stg) * (2 * seg)) - 
						 (((16 >> stg) * ((2 * seg) + 1)) - 1)) + 1) {1'sb0}};
						assign butterfly_mask_r[stg][((16 >> stg) * ((2 * seg) + 2)) - 1:(16 >> stg) * ((2 * seg) + 1)] = {((((16 >> stg) * ((2 * seg) + 2)) - 1)
						 >= ((16 >> stg) * ((2 * seg) + 1)) ? ((((16 >> stg) * ((2 * seg) + 2)) - 1) - ((16 >> stg) * ((2 * seg) + 1))) + 1 : (((16 >> stg)
						  * ((2 * seg) + 1)) - (((16 >> stg) * ((2 * seg) + 2)) - 1)) + 1) {1'sb0}};
					end
				end
				for (stg = 0; stg < 5; stg = stg + 1) begin : gen_butterfly_not
					assign butterfly_mask_not[stg] = ~(butterfly_mask_l[stg] | butterfly_mask_r[stg]);
				end
				always @(*) begin
					butterfly_result = operand_a_i;
					butterfly_result = ((butterfly_result & butterfly_mask_not[0]) | ((butterfly_result & butterfly_mask_l[0]) >> 16)) | ((butterfly_result & butterfly_mask_r[0]) << 16);
					butterfly_result = ((butterfly_result & butterfly_mask_not[1]) | ((butterfly_result & butterfly_mask_l[1]) >> 8)) | ((butterfly_result & butterfly_mask_r[1]) << 8);
					butterfly_result = ((butterfly_result & butterfly_mask_not[2]) | ((butterfly_result & butterfly_mask_l[2]) >> 4)) | ((butterfly_result & butterfly_mask_r[2]) << 4);
					butterfly_result = ((butterfly_result & butterfly_mask_not[3]) | ((butterfly_result & butterfly_mask_l[3]) >> 2)) | ((butterfly_result & butterfly_mask_r[3]) << 2);
					butterfly_result = ((butterfly_result & butterfly_mask_not[4]) | ((butterfly_result & butterfly_mask_l[4]) >> 1)) | ((butterfly_result & butterfly_mask_r[4]) << 1);
					butterfly_result = butterfly_result & operand_b_i;
				end
				always @(*) begin
					invbutterfly_result = operand_a_i & operand_b_i;
					invbutterfly_result = ((invbutterfly_result & butterfly_mask_not[4]) | ((invbutterfly_result & butterfly_mask_l[4]) >> 1)) |
					 ((invbutterfly_result & butterfly_mask_r[4]) << 1);
					invbutterfly_result = ((invbutterfly_result & butterfly_mask_not[3]) | ((invbutterfly_result & butterfly_mask_l[3]) >> 2)) |
					 ((invbutterfly_result & butterfly_mask_r[3]) << 2);
					invbutterfly_result = ((invbutterfly_result & butterfly_mask_not[2]) | ((invbutterfly_result & butterfly_mask_l[2]) >> 4)) |
					 ((invbutterfly_result & butterfly_mask_r[2]) << 4);
					invbutterfly_result = ((invbutterfly_result & butterfly_mask_not[1]) | ((invbutterfly_result & butterfly_mask_l[1]) >> 8)) |
					 ((invbutterfly_result & butterfly_mask_r[1]) << 8);
					invbutterfly_result = ((invbutterfly_result & butterfly_mask_not[0]) | ((invbutterfly_result & butterfly_mask_l[0]) >> 16)) |
					 ((invbutterfly_result & butterfly_mask_r[0]) << 16);
				end
				wire clmul_rmode;
				wire clmul_hmode;
				reg [31:0] clmul_op_a;
				reg [31:0] clmul_op_b;
				wire [31:0] operand_b_rev;
				wire [31:0] clmul_and_stage [0:31];
				wire [31:0] clmul_xor_stage1 [0:15];
				wire [31:0] clmul_xor_stage2 [0:7];
				wire [31:0] clmul_xor_stage3 [0:3];
				wire [31:0] clmul_xor_stage4 [0:1];
				wire [31:0] clmul_result_raw;
				for (i = 0; i < 32; i = i + 1) begin : gen_rev_operand_b
					assign operand_b_rev[i] = operand_b_i[31 - i];
				end
				assign clmul_rmode = operator_i == ALU_CLMULR;
				assign clmul_hmode = operator_i == ALU_CLMULH;
				localparam [31:0] CRC32_POLYNOMIAL = 32'h04c11db7;
				localparam [31:0] CRC32_MU_REV = 32'hf7011641;
				localparam [31:0] CRC32C_POLYNOMIAL = 32'h1edc6f41;
				localparam [31:0] CRC32C_MU_REV = 32'hdea713f1;
				wire crc_op;
				wire crc_cpoly;
				reg [31:0] crc_operand;
				wire [31:0] crc_poly;
				wire [31:0] crc_mu_rev;
				assign crc_op = (((((operator_i == ALU_CRC32C_W) | (operator_i == ALU_CRC32_W)) | (operator_i == ALU_CRC32C_H)) |
				 (operator_i == ALU_CRC32_H)) | (operator_i == ALU_CRC32C_B)) | (operator_i == ALU_CRC32_B);
				assign crc_cpoly = ((operator_i == ALU_CRC32C_W) | (operator_i == ALU_CRC32C_H)) | (operator_i == ALU_CRC32C_B);
				assign crc_hmode = (operator_i == ALU_CRC32_H) | (operator_i == ALU_CRC32C_H);
				assign crc_bmode = (operator_i == ALU_CRC32_B) | (operator_i == ALU_CRC32C_B);
				assign crc_poly = (crc_cpoly ? CRC32C_POLYNOMIAL : CRC32_POLYNOMIAL);
				assign crc_mu_rev = (crc_cpoly ? CRC32C_MU_REV : CRC32_MU_REV);
				always @(*)
					case (1'b1)
						crc_bmode: crc_operand = {operand_a_i[7:0], 24'h000000};
						crc_hmode: crc_operand = {operand_a_i[15:0], 16'h0000};
						default: crc_operand = operand_a_i;
					endcase
				always @(*)
					if (crc_op) begin
						clmul_op_a = (instr_first_cycle_i ? crc_operand : imd_val_q_i[32+:32]);
						clmul_op_b = (instr_first_cycle_i ? crc_mu_rev : crc_poly);
					end
					else begin
						clmul_op_a = (clmul_rmode | clmul_hmode ? operand_a_rev : operand_a_i);
						clmul_op_b = (clmul_rmode | clmul_hmode ? operand_b_rev : operand_b_i);
					end
				for (i = 0; i < 32; i = i + 1) begin : gen_clmul_and_op
					assign clmul_and_stage[i] = (clmul_op_b[i] ? clmul_op_a << i : {32 {1'sb0}});
				end
				for (i = 0; i < 16; i = i + 1) begin : gen_clmul_xor_op_l1
					assign clmul_xor_stage1[i] = clmul_and_stage[2 * i] ^ clmul_and_stage[(2 * i) + 1];
				end
				for (i = 0; i < 8; i = i + 1) begin : gen_clmul_xor_op_l2
					assign clmul_xor_stage2[i] = clmul_xor_stage1[2 * i] ^ clmul_xor_stage1[(2 * i) + 1];
				end
				for (i = 0; i < 4; i = i + 1) begin : gen_clmul_xor_op_l3
					assign clmul_xor_stage3[i] = clmul_xor_stage2[2 * i] ^ clmul_xor_stage2[(2 * i) + 1];
				end
				for (i = 0; i < 2; i = i + 1) begin : gen_clmul_xor_op_l4
					assign clmul_xor_stage4[i] = clmul_xor_stage3[2 * i] ^ clmul_xor_stage3[(2 * i) + 1];
				end
				assign clmul_result_raw = clmul_xor_stage4[0] ^ clmul_xor_stage4[1];
				for (i = 0; i < 32; i = i + 1) begin : gen_rev_clmul_result
					assign clmul_result_rev[i] = clmul_result_raw[31 - i];
				end
				always @(*)
					case (1'b1)
						clmul_rmode: clmul_result = clmul_result_rev;
						clmul_hmode: clmul_result = {1'b0, clmul_result_rev[31:1]};
						default: clmul_result = clmul_result_raw;
					endcase
			end
			else begin : gen_alu_rvb_notfull
				wire [31:0] unused_imd_val_q_1;
				assign unused_imd_val_q_1 = imd_val_q_i[0+:32];
				initial shuffle_result = {32 {1'sb0}};
				initial butterfly_result = {32 {1'sb0}};
				initial invbutterfly_result = {32 {1'sb0}};
				initial clmul_result = {32 {1'sb0}};
				assign bitcnt_partial_lsb_d = {32 {1'sb0}};
				assign bitcnt_partial_msb_d = {32 {1'sb0}};
				assign clmul_result_rev = {32 {1'sb0}};
				assign crc_bmode = 1'sb0;
				assign crc_hmode = 1'sb0;
			end
			always @(*)
				case (operator_i)
					ALU_CMOV: begin
						multicycle_result = (operand_b_i == 32'h00000000 ? operand_a_i : imd_val_q_i[32+:32]);
						imd_val_d_o = {operand_a_i, 32'h00000000};
						if (instr_first_cycle_i)
							imd_val_we_o = 2'b01;
						else
							imd_val_we_o = 2'b00;
					end
					ALU_CMIX: begin
						multicycle_result = imd_val_q_i[32+:32] | bwlogic_and_result;
						imd_val_d_o = {bwlogic_and_result, 32'h00000000};
						if (instr_first_cycle_i)
							imd_val_we_o = 2'b01;
						else
							imd_val_we_o = 2'b00;
					end
					ALU_FSR, ALU_FSL, ALU_ROL, ALU_ROR: begin
						if (shift_amt[4:0] == 5'h00)
							multicycle_result = (shift_amt[5] ? operand_a_i : imd_val_q_i[32+:32]);
						else
							multicycle_result = imd_val_q_i[32+:32] | shift_result;
						imd_val_d_o = {shift_result, 32'h00000000};
						if (instr_first_cycle_i)
							imd_val_we_o = 2'b01;
						else
							imd_val_we_o = 2'b00;
					end
					ALU_CRC32_W, ALU_CRC32C_W, ALU_CRC32_H, ALU_CRC32C_H, ALU_CRC32_B, ALU_CRC32C_B:
						if (RV32B == RV32BFull) begin
							case (1'b1)
								crc_bmode: multicycle_result = clmul_result_rev ^ (operand_a_i >> 8);
								crc_hmode: multicycle_result = clmul_result_rev ^ (operand_a_i >> 16);
								default: multicycle_result = clmul_result_rev;
							endcase
							imd_val_d_o = {clmul_result_rev, 32'h00000000};
							if (instr_first_cycle_i)
								imd_val_we_o = 2'b01;
							else
								imd_val_we_o = 2'b00;
						end
						else begin
							imd_val_d_o = {operand_a_i, 32'h00000000};
							imd_val_we_o = 2'b00;
							multicycle_result = {32 {1'sb0}};
						end
					ALU_BEXT, ALU_BDEP:
						if (RV32B == RV32BFull) begin
							multicycle_result = (operator_i == ALU_BDEP ? butterfly_result : invbutterfly_result);
							imd_val_d_o = {bitcnt_partial_lsb_d, bitcnt_partial_msb_d};
							if (instr_first_cycle_i)
								imd_val_we_o = 2'b11;
							else
								imd_val_we_o = 2'b00;
						end
						else begin
							imd_val_d_o = {operand_a_i, 32'h00000000};
							imd_val_we_o = 2'b00;
							multicycle_result = {32 {1'sb0}};
						end
					default: begin
						imd_val_d_o = {operand_a_i, 32'h00000000};
						imd_val_we_o = 2'b00;
						multicycle_result = {32 {1'sb0}};
					end
				endcase
		end
		else begin : g_no_alu_rvb
			wire [63:0] unused_imd_val_q;
			assign unused_imd_val_q = imd_val_q_i;
			wire [31:0] unused_butterfly_result;
			assign unused_butterfly_result = butterfly_result;
			wire [31:0] unused_invbutterfly_result;
			assign unused_invbutterfly_result = invbutterfly_result;
			assign bitcnt_result = {6 {1'sb0}};
			assign minmax_result = {32 {1'sb0}};
			initial pack_result = {32 {1'sb0}};
			assign sext_result = {32 {1'sb0}};
			initial singlebit_result = {32 {1'sb0}};
			initial rev_result = {32 {1'sb0}};
			initial shuffle_result = {32 {1'sb0}};
			initial butterfly_result = {32 {1'sb0}};
			initial invbutterfly_result = {32 {1'sb0}};
			initial clmul_result = {32 {1'sb0}};
			initial multicycle_result = {32 {1'sb0}};
			initial imd_val_d_o = {2 {32'b00000000000000000000000000000000}};
			initial imd_val_we_o = {2 {1'sb0}};
		end
	endgenerate
	always @(*) begin
		result_o = {32 {1'sb0}};
		case (operator_i)
			ALU_XOR, ALU_XNOR, ALU_OR, ALU_ORN, ALU_AND, ALU_ANDN: result_o = bwlogic_result;
			ALU_ADD, ALU_SUB: result_o = adder_result;
			ALU_SLL, ALU_SRL, ALU_SRA, ALU_SLO, ALU_SRO: result_o = shift_result;
			ALU_SHFL, ALU_UNSHFL: result_o = shuffle_result;
			ALU_EQ, ALU_NE, ALU_GE, ALU_GEU, ALU_LT, ALU_LTU, ALU_SLT, ALU_SLTU: result_o = {31'h00000000, cmp_result};
			ALU_MIN, ALU_MAX, ALU_MINU, ALU_MAXU: result_o = minmax_result;
			ALU_CLZ, ALU_CTZ, ALU_PCNT: result_o = {26'h0000000, bitcnt_result};
			ALU_PACK, ALU_PACKH, ALU_PACKU: result_o = pack_result;
			ALU_SEXTB, ALU_SEXTH: result_o = sext_result;
			ALU_CMIX, ALU_CMOV, ALU_FSL, ALU_FSR, ALU_ROL, ALU_ROR, ALU_CRC32_W, ALU_CRC32C_W, ALU_CRC32_H, ALU_CRC32C_H, ALU_CRC32_B, ALU_CRC32C_B, ALU_BEXT, ALU_BDEP: result_o = multicycle_result;
			ALU_SBSET, ALU_SBCLR, ALU_SBINV, ALU_SBEXT: result_o = singlebit_result;
			ALU_GREV, ALU_GORC: result_o = rev_result;
			ALU_BFP: result_o = bfp_result;
			ALU_CLMUL, ALU_CLMULR, ALU_CLMULH: result_o = clmul_result;
			default:
				;
		endcase
	end
	wire unused_shift_amt_compl;
	assign unused_shift_amt_compl = shift_amt_compl[5];
endmodule